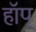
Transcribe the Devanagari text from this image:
हॉप्